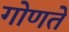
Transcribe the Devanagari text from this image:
गोणते